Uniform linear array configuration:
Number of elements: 48
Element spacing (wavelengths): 1
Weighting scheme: cosine
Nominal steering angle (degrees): -45
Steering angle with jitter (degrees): -45.577
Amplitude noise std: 0.05
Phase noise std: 0.05

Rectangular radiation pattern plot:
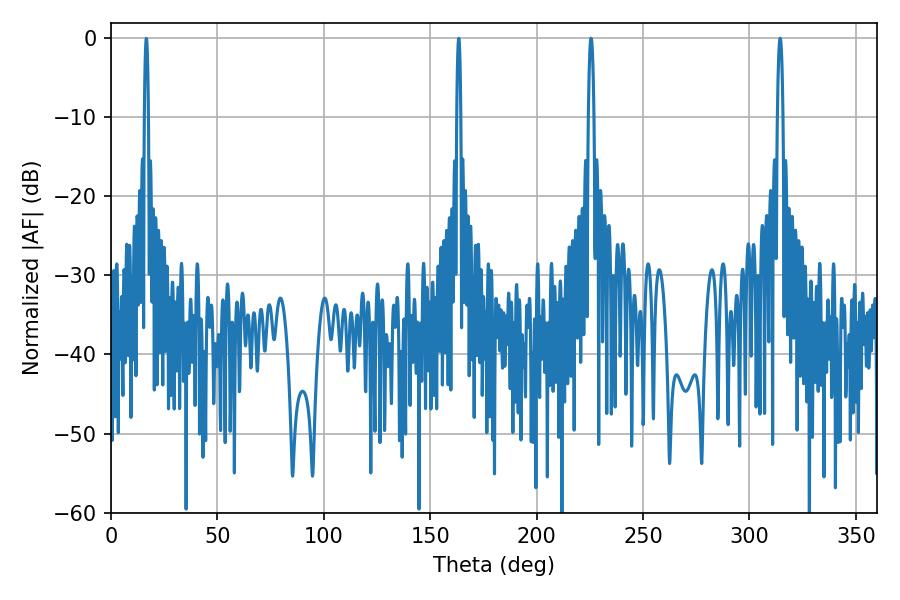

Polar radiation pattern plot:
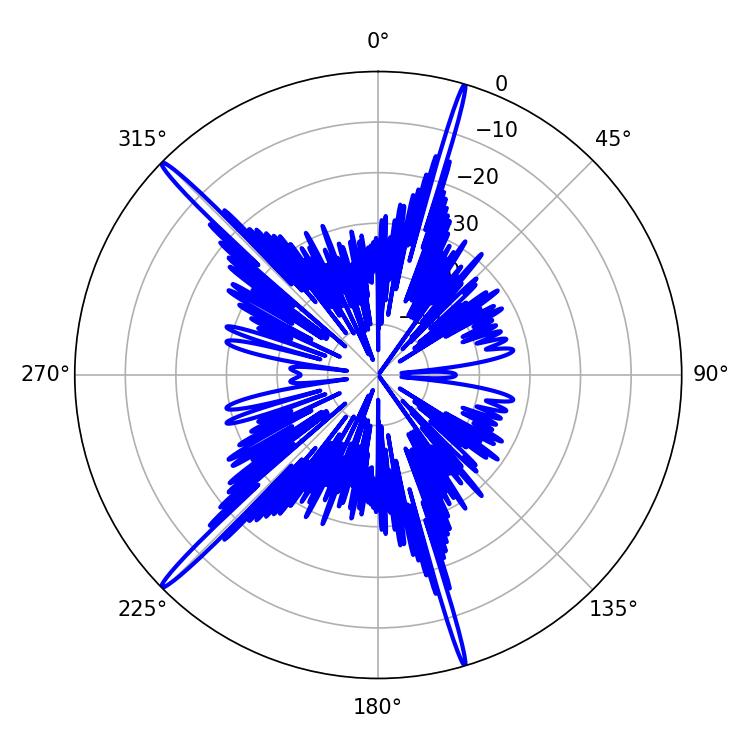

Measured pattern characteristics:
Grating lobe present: TRUE
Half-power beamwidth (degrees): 1.44
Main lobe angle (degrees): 225.54